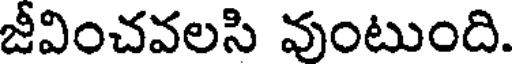
జీవించవలసి వుంటుంది.